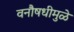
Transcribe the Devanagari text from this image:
वनौषधीमुळे